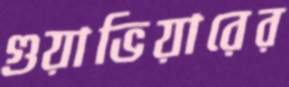
গুয়াভিয়ারের